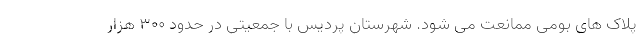
پلاک های بومی ممانعت می شود. شهرستان پردیس با جمعیتی در حدود ۳۰۰ هزار